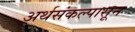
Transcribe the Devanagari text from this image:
अर्थसंकल्पासून